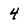
Character: 4